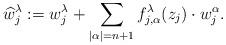
LaTeX: \begin{align*}\widehat{w}_j^\lambda:=w_j^\lambda+\sum_{|\alpha|=n+1}f_{j, \alpha}^\lambda(z_j) \cdot w_j^\alpha. \end{align*}